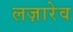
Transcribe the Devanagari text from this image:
लज़ारेव